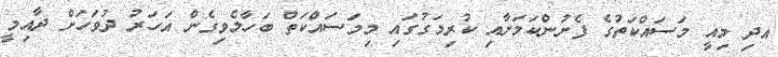
އދި މިއީ މަސައްކަތުގެ ފެށުންކަމަށާއި ކުރިމަގުގައި މިމަސައްކަތް ބަހާލެވިގެން އަހަރު ދުވަހަށް ދާއިމީ